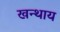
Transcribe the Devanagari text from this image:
खन्थाय